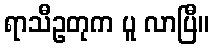
ရာသီဥတုက ပူ လာပြီ။